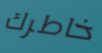
خاطرك